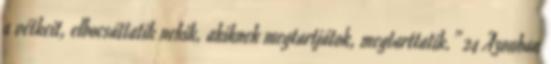
a vétkeit, elbocsáttatik nekik, akiknek megtartjátok, megtarttatik.” 24 Azonban